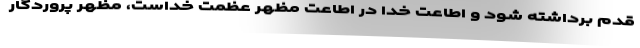
قدم برداشته شود و اطاعت خدا در اطاعت مظهر عظمت خداست، مظهر پروردگار